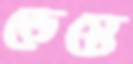
ভেস্তে